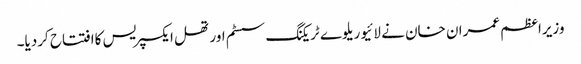
وزیراعظم عمران خان نے لائیو ریلوے ٹریکنگ سسٹم اور تھل ایکسپریس کاافتتاح کردیا۔